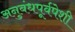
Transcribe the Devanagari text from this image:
अनुबंधपूर्वपेशी